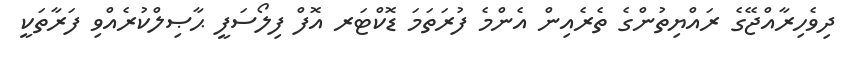
ދިވެހިރާއްޖޭގެ ރައްޔިތުންގެ ތެރެއިން އެންމެ ފުރަތަމަ ޑޮކްޓަރ އޮފް ފިލޯސަފީ ޙާޞިލްކުރެއްވި ފަރާތަކީ